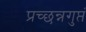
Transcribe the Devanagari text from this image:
प्रच्छन्नगुप्तं